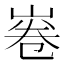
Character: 㟡